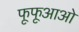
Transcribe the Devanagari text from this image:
फूफूआओ